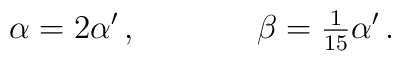
\alpha = 2\alpha^{\prime}\, ,\hspace{1.5cm}\beta = {\textstyle\frac{1}{15}} \alpha^{\prime}\, .